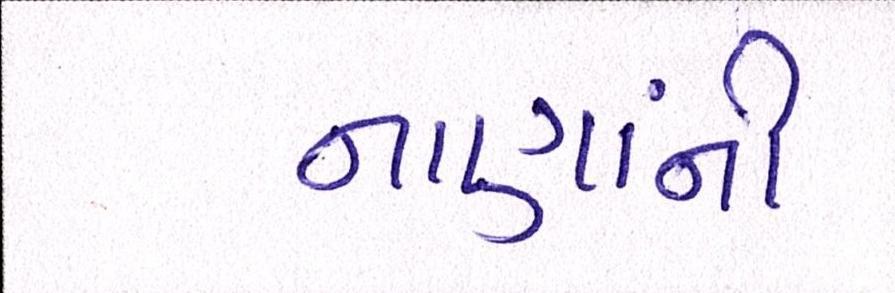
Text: નાણાંની